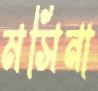
মসিনা